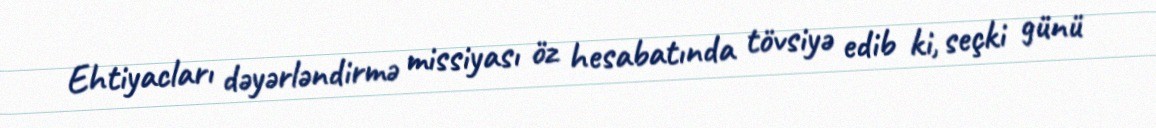
Ehtiyacları dəyərləndirmə missiyası öz hesabatında tövsiyə edib ki, seçki günü